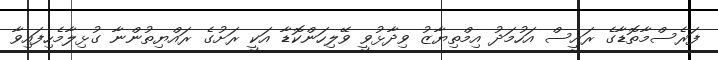
ފަރެސްމާތޮޑާގެ ރައީސް އަހުމަދު އިމްތިޔާޒު ވިދާޅުވީ ވޭލިހަންކޮޑާ އަކީ ރަށުގެ ރައްޔިތުންނާ ގުޅިލާމެހިފައިވާ